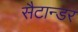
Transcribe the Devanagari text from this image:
सैटान्डर